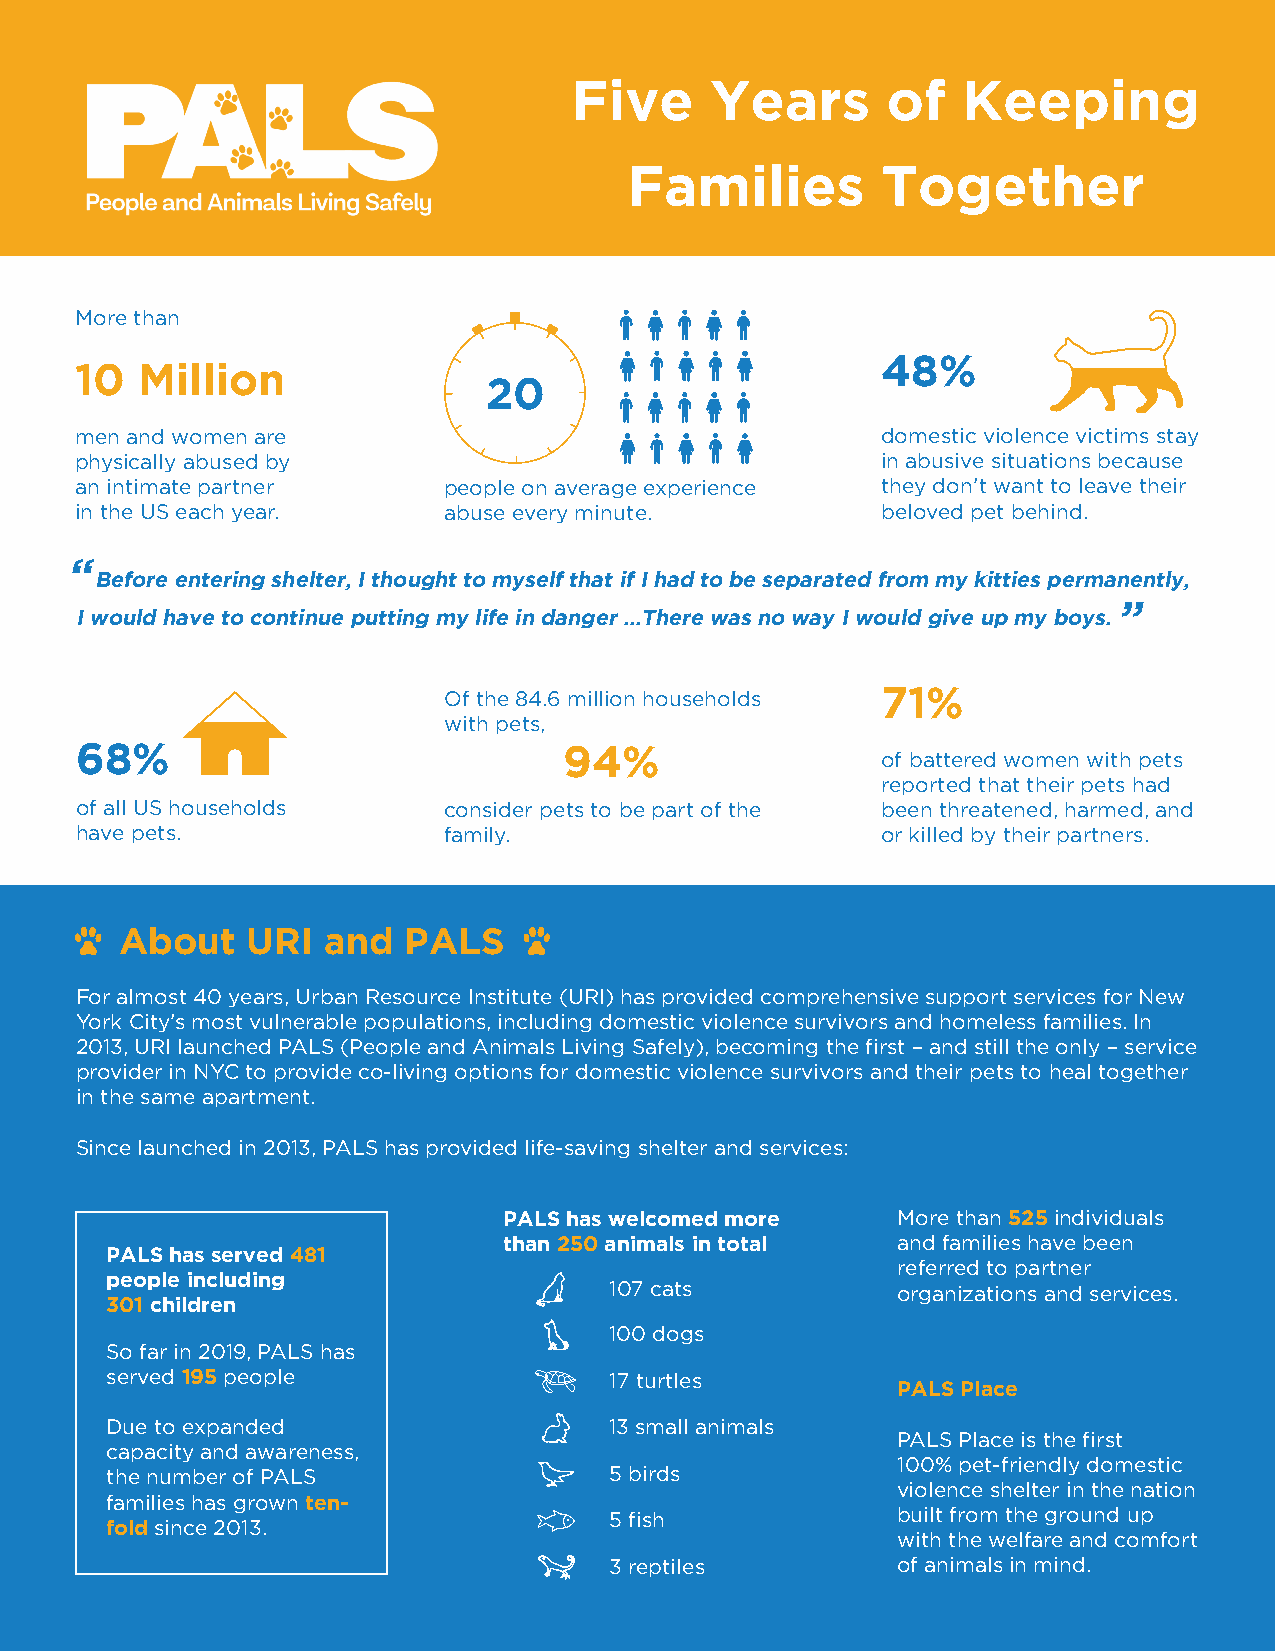
Five     Years       of   Keeping
 Families        Together
 More than
 48%
 10  Million
 20
 men and women are                                    domestic violence victims stay
 physically abused by                                 in abusive situations because
 an intimate partner     people on average experience they don’t want to leave their
 in the US each year.    abuse every minute.          beloved pet behind.
 “
 Before entering shelter, I thought to myself that if I had to be separated from my kitties permanently,
 ”
 I would have to continue putting my life in danger …There was no way I would give up my boys.
 71%
 Of the 84.6 million households
 with pets,
 68%                             94%
 of battered women with pets
 reported that their pets had
 of all US households    consider pets to be part of the been threatened, harmed, and
 have pets.              family.                      or killed by their partners.
 About   URI   and  PALS
 For almost 40 years, Urban Resource Institute (URI) has provided comprehensive support services for New
 York City’s most vulnerable populations, including domestic violence survivors and homeless families. In
 2013, URI launched PALS (People and Animals Living Safely), becoming the first – and still the only – service
 provider in NYC to provide co-living options for domestic violence survivors and their pets to heal together
 in the same apartment.
 Since launched in 2013, PALS has provided life-saving shelter and services:
 PALS has welcomed more    More than 525 individuals
 than 250 animals in total and families have been
 PALS has served 481
 referred to partner
 people including
 107 cats           organizations and services.
 301 children
 100 dogs
 So far in 2019, PALS has
 served 195 people                17 turtles
 PALS Place
 Due to expanded                  13 small animals
 PALS Place is the first
 capacity and awareness,
 100% pet-friendly domestic
 the number of PALS               5 birds
 violence shelter in the nation
 families has grown ten-
 5 fish             built from the ground up
 fold since 2013.
 with the welfare and comfort
 3 reptiles         of animals in mind.